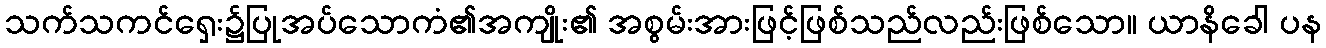
သက်သကင်ရှေး၌ပြုအပ်သောကံ၏အကျိုး၏ အစွမ်းအားဖြင့်ဖြစ်သည်လည်းဖြစ်သော။ ယာနိခေါ ပန